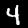
Label: 4